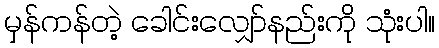
မှန်ကန်တဲ့ ခေါင်းလျှော်နည်းကို သုံးပါ။